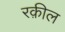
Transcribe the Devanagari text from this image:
रक़ील